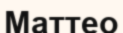
Маттео